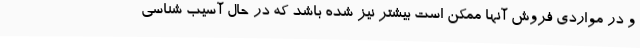
و در مواردی فروش آنها ممکن است بیشتر نیز شده باشد که در حال آسیب شناسی